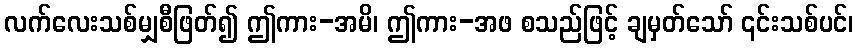
လက်လေးသစ်မျှစီဖြတ်၍ ဤကား-အမိ၊ ဤကား-အဖ စသည်ဖြင့် ချမှတ်သော် ၎င်းသစ်ပင်၊